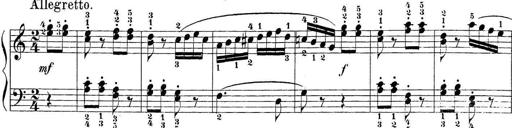
Title: Sonatina Album
Composer: Louis KÃ¶hler